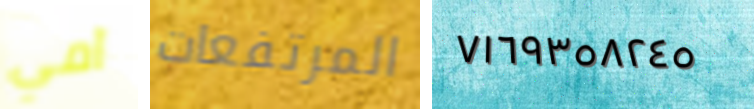
آمي المرتفعات ٧١٦٩٣٥٨٢٤٥